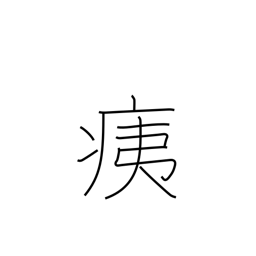
Meaning: injury